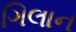
ગિલાન